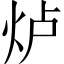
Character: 𱪵